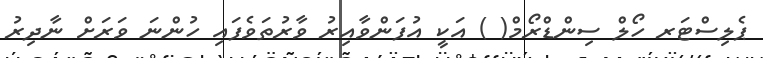
ޕެލިސްޓަރ ހޯލް ސިންޑްރޯމް( ) އަކީ އުފަންވާއިރު ވާރުތަވެފައި ހުންނަ ވަރަށް ނާދިރު